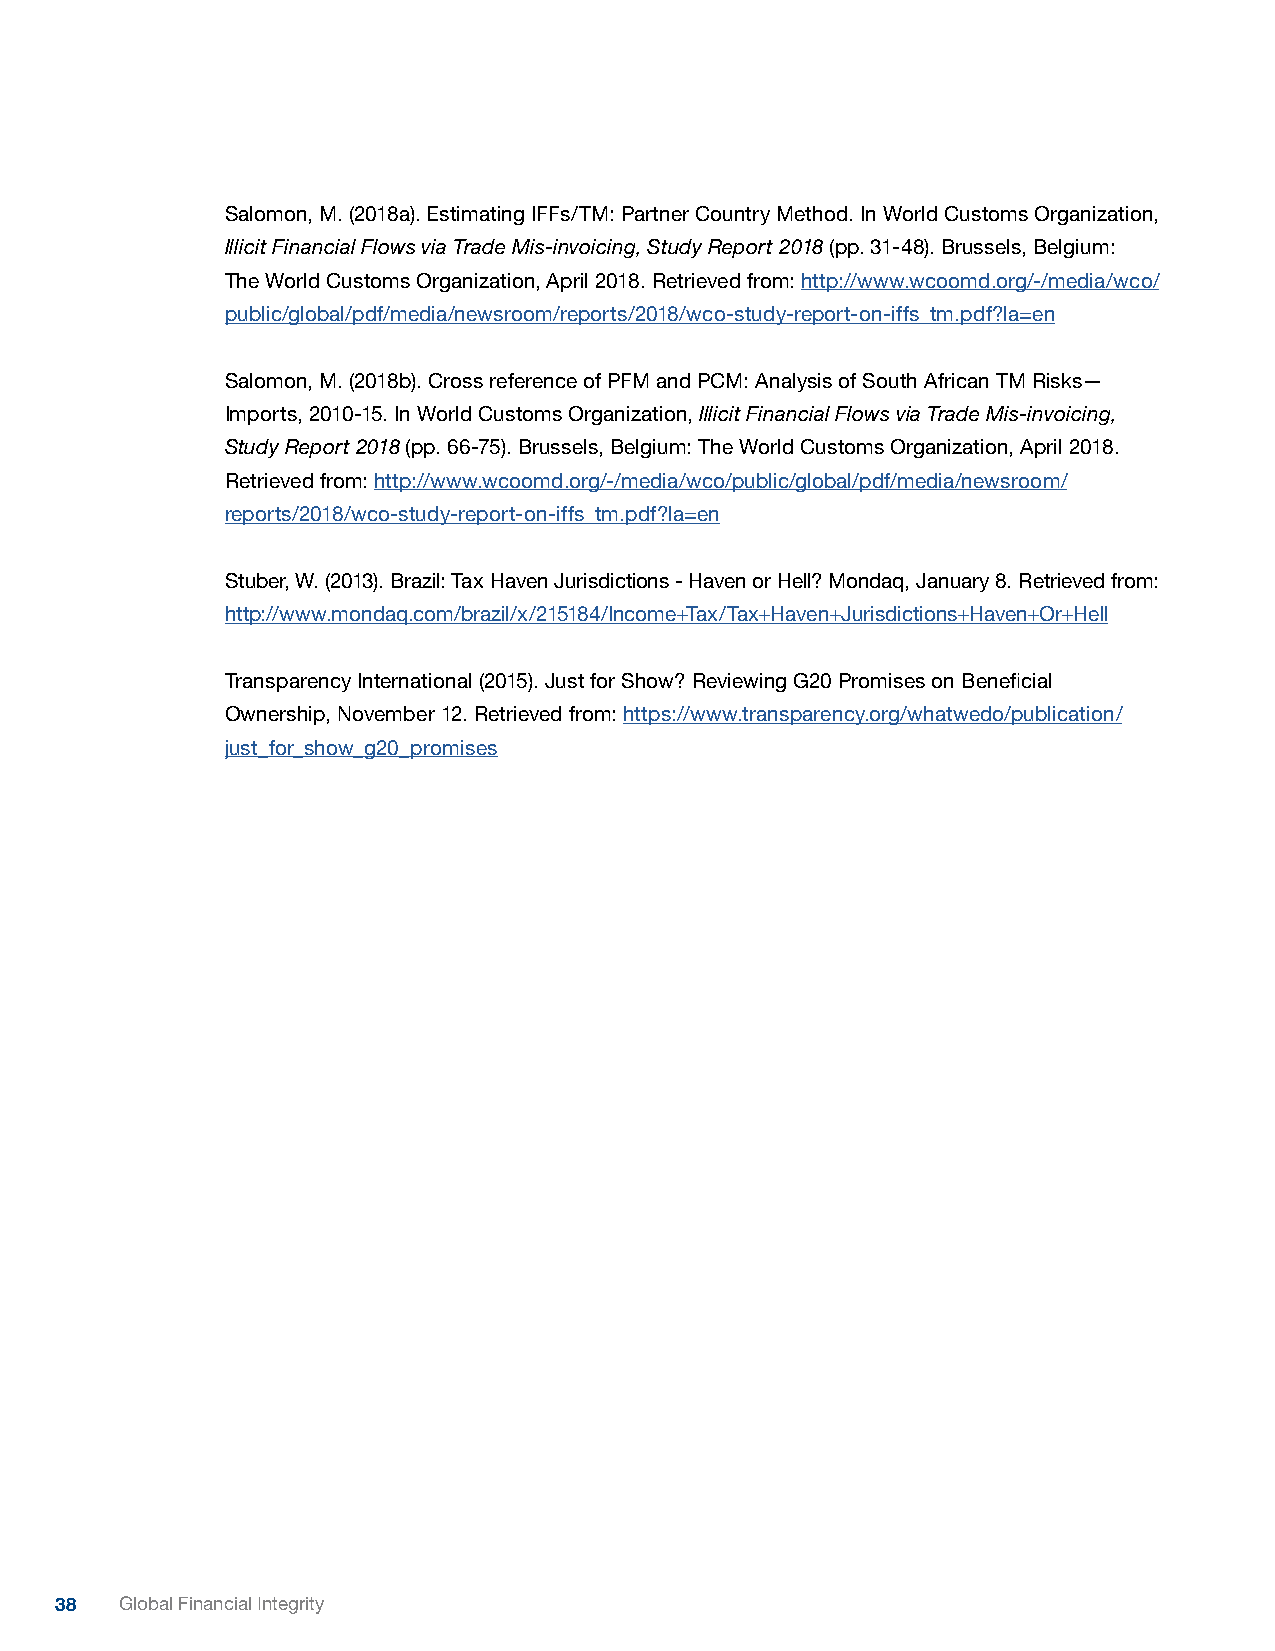
Salomon, M. (2018a). Estimating IFFs/TM: Partner Country Method. In World Customs Organization,
 Illicit Financial Flows via Trade Mis-invoicing, Study Report 2018 (pp. 31-48). Brussels, Belgium:
 The World Customs Organization, April 2018. Retrieved from: http://www.wcoomd.org/-/media/wco/
 public/global/pdf/media/newsroom/reports/2018/wco-study-report-on-iffs_tm.pdf?la=en
 Salomon, M. (2018b). Cross reference of PFM and PCM: Analysis of South African TM Risks—
 Imports, 2010-15. In World Customs Organization, Illicit Financial Flows via Trade Mis-invoicing,
 Study Report 2018 (pp. 66-75). Brussels, Belgium: The World Customs Organization, April 2018.
 Retrieved from: http://www.wcoomd.org/-/media/wco/public/global/pdf/media/newsroom/
 reports/2018/wco-study-report-on-iffs_tm.pdf?la=en
 Stuber, W. (2013). Brazil: Tax Haven Jurisdictions - Haven or Hell? Mondaq, January 8. Retrieved from:
 http://www.mondaq.com/brazil/x/215184/Income+Tax/Tax+Haven+Jurisdictions+Haven+Or+Hell
 Transparency International (2015). Just for Show? Reviewing G20 Promises on Beneficial
 Ownership, November 12. Retrieved from: https://www.transparency.org/whatwedo/publication/
 just_for_show_g20_promises
 38  Global Financial Integrity